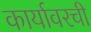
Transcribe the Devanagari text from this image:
कार्यावरची